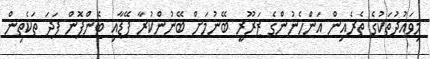
މިވައުދުތަކުގެ ތެރެއިން އަންހެނުންގެ ޒަރޫރީ ބޭނުމަށް ބޭނުންކުރާ ޕޭޑާއި ޓެންޕޮން ފަދަ ތަކެތިން